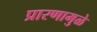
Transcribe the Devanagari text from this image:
प्रारणामुळे